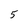
Character: 5